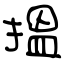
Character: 搵